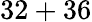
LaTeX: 32+36